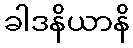
ခါဒနိယာနိ